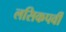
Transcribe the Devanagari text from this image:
लसिकपर्वी